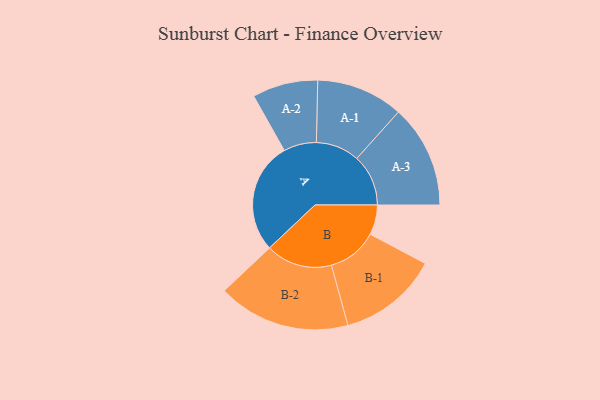
{"axis": {"x": "Segment", "y": "Value"}, "legend": ["", "A", "B"], "data": [{"x": "A", "y": 458, "type": ""}, {"x": "B", "y": 123, "type": ""}, {"x": "A-1", "y": 179, "type": "A"}, {"x": "A-2", "y": 135, "type": "A"}, {"x": "A-3", "y": 212, "type": "A"}, {"x": "B-1", "y": 206, "type": "B"}, {"x": "B-2", "y": 273, "type": "B"}]}